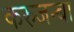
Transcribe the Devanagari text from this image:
करुजन्बा